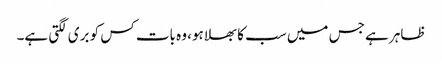
ظاہر ہے جس میں سب کا بھلا ہو، وہ بات کس کو بری لگتی ہے۔